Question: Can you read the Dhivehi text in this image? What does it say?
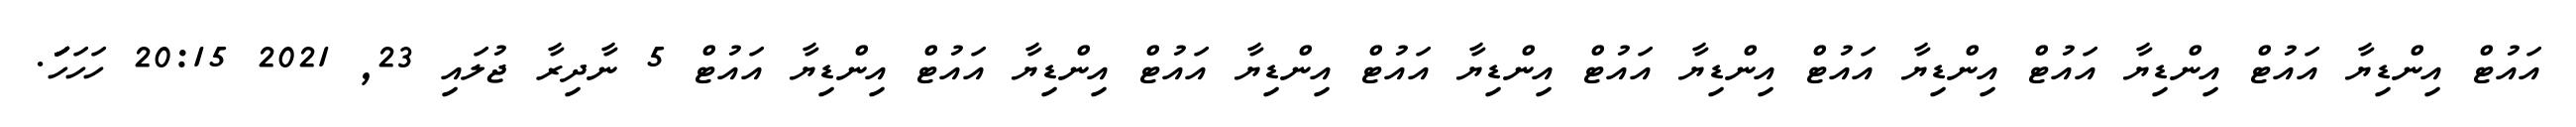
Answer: އައުޓް އިންޑިޔާ އައުޓް އިންޑިޔާ އައުޓް އިންޑިޔާ އައުޓް އިންޑިޔާ އައުޓް އިންޑިޔާ އައުޓް އިންޑިޔާ އައުޓް އިންޑިޔާ އައުޓް އިންޑިޔާ އައުޓް 5 ނާދިރާ ޖުލައި 23, 2021 20:15 ހަހަހަަަަަަަަަ.